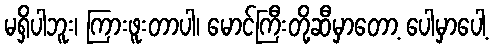
မရှိပါဘူး၊ ကြားဖူးတာပါ၊ မောင်ကြီးတို့ဆီမှာတော့ ပေါမှာပေါ့